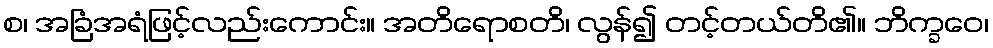
စ၊ အခြံအရံဖြင့်လည်းကောင်း။ အတိရောစတိ၊ လွန်၍ တင့်တယ်တိ၏။ ဘိက္ခဝေ၊